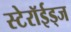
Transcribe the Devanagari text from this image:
स्टेरॉईड्ज